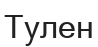
Тулен